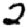
Digit: 2